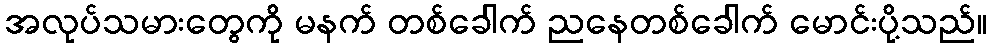
အလုပ်သမားတွေကို မနက် တစ်ခေါက် ညနေတစ်ခေါက် မောင်းပို့သည်။